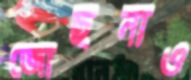
জোছনাও